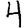
Digit: 4